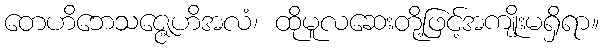
တေဟိဘေသဇ္ဇေဟိအလံ၊ ထိုမူလဆေးတို့ဖြင့်အကျိုးမရှိရာ။